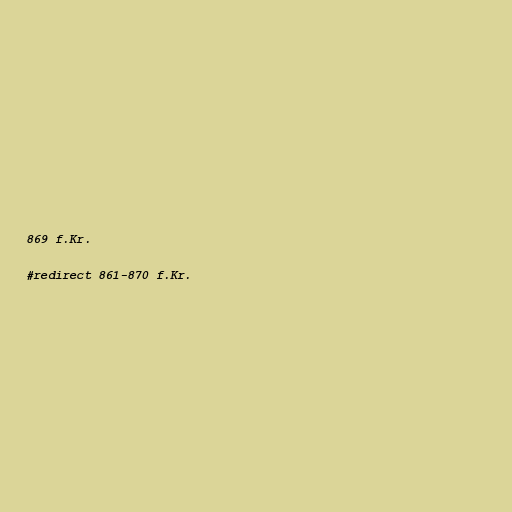
869 f.Kr.

#redirect 861-870 f.Kr.